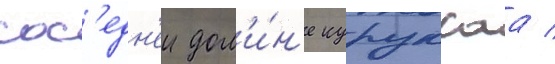
сос'едн'еи дол'и́н'е куруксаа /